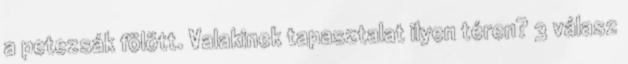
a petezsák fölött. Valakinek tapasztalat ilyen téren? 3 válasz